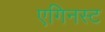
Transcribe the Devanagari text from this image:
एगिनस्ट